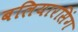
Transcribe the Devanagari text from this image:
बलियारसिंग